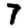
Digit: 7